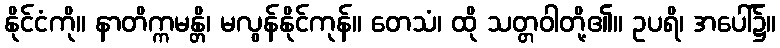
နိုင်ငံကို။ နာတိက္ကမန္တိ၊ မလွန်နိုင်ကုန်။ တေသံ၊ ထို သတ္တဝါတို့၏။ ဥပရိ၊ အပေါ်၌။